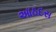
આઠદસ